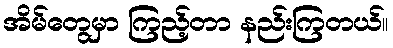
အိမ်တွေမှာ ကြည့်တာ နည်းကြတယ်။